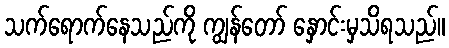
သက်ရောက်နေသည်ကို ကျွန်တော် နှောင်းမှသိရသည်။